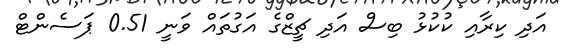
އަދި ކިރާއި ކުކުޅު ބިސް އަދި ޗީޒްގެ އަގުތައް ވަނީ 0.51 ޕަސެންޓް